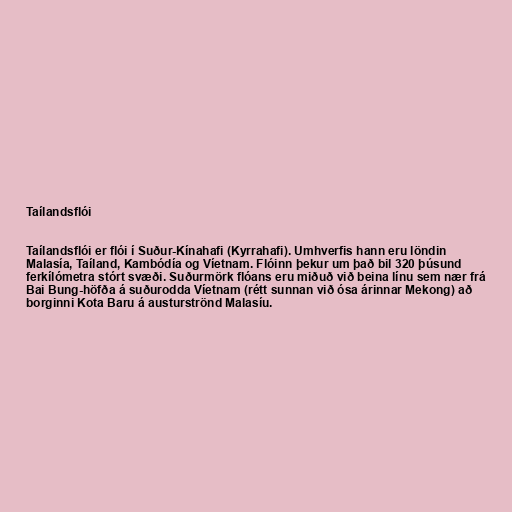
Taílandsflói

Taílandsflói er flói í Suður-Kínahafi (Kyrrahafi). Umhverfis hann eru löndin
Malasía, Taíland, Kambódía og Víetnam. Flóinn þekur um það bil 320 þúsund
ferkílómetra stórt svæði. Suðurmörk flóans eru miðuð við beina línu sem nær frá
Bai Bung-höfða á suðurodda Víetnam (rétt sunnan við ósa árinnar Mekong) að
borginni Kota Baru á austurströnd Malasíu.